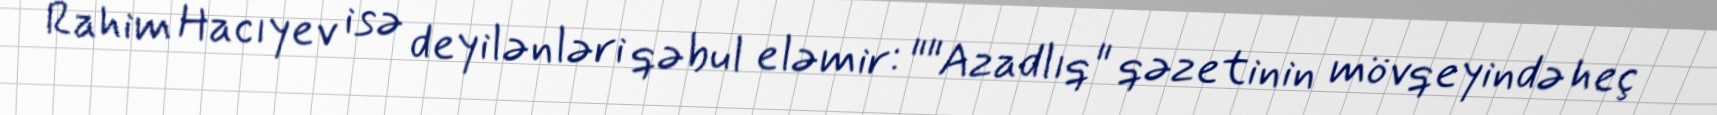
Rahim Hacıyev isə deyilənləri qəbul eləmir: ""Azadlıq" qəzetinin mövqeyində heç